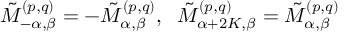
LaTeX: \tilde { M } _ { - \alpha , \beta } ^ { ( p , q ) } = - \tilde { M } _ { \alpha , \beta } ^ { ( p , q ) } , \; \; \tilde { M } _ { \alpha + 2 K , \beta } ^ { ( p , q ) } = \tilde { M } _ { \alpha , \beta } ^ { ( p , q ) }